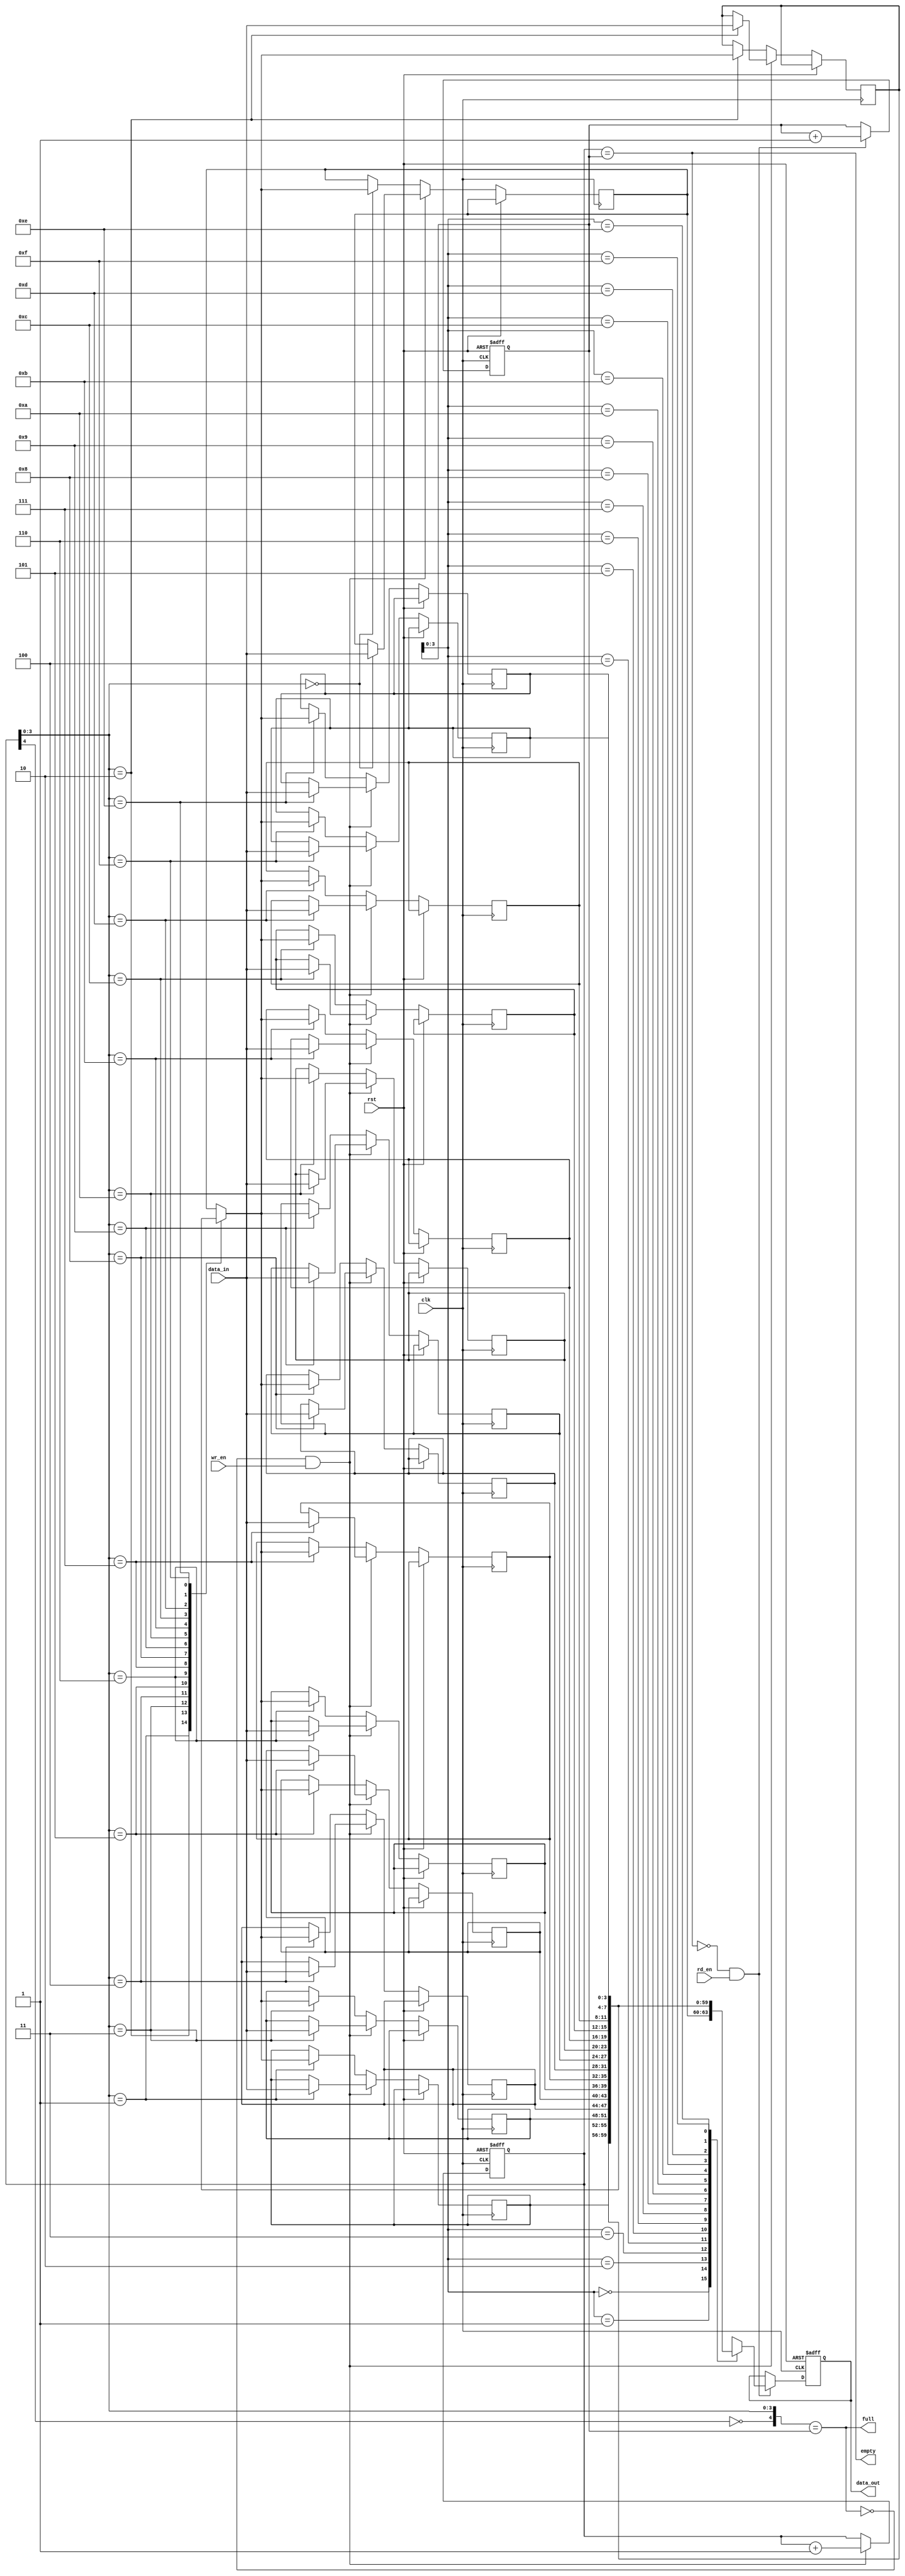
module sync_fifo(clk, rst, data_in, data_out, wr_en, rd_en, empty, full);
input rst, clk, wr_en, rd_en;
input [3:0] data_in;
output reg [3:0] data_out;                           
output empty, full;
reg [4:0] wr_ptr, rd_ptr;
reg [3:0] buf_mem [15:0];


always@(posedge clk or posedge rst)  //data input output logic
begin
    if(rst)
        data_out<=0;
    
    else 
        begin
        if(!empty&&rd_en) data_out <= buf_mem[rd_ptr];
        else                  data_out <= data_out;

        if(!full&&wr_en) buf_mem[wr_ptr]<=data_in;
        else                 buf_mem[wr_ptr]<=buf_mem[wr_ptr];
        end
end

always@(posedge clk or posedge rst)  // pointer logic
begin
    if(rst) 
        begin
        wr_ptr<=0;
        rd_ptr<=0;
        end
    
    else
        begin
        if(!full&&wr_en)  wr_ptr<=wr_ptr+1;
        else                  wr_ptr<=wr_ptr;
        if(!empty&&rd_en) rd_ptr<=rd_ptr+1;
        else                  rd_ptr<=rd_ptr;
        end
   end
   
 assign empty = (wr_ptr==rd_ptr);                      //full and empty logic
 assign full = ({~wr_ptr[4], wr_ptr[3:0]}==rd_ptr);
   
endmodule